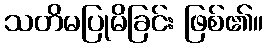
သတိမပြုမိခြင်း ဖြစ်၏။